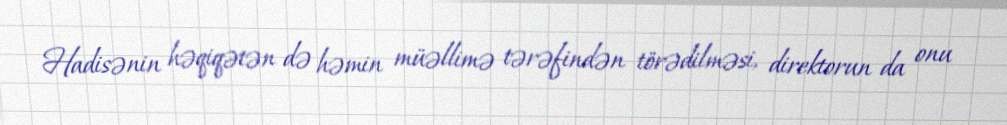
Hadisənin həqiqətən də həmin müəllimə tərəfindən törədilməsi, direktorun da onu